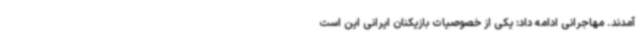
آمدند. مهاجرانی ادامه داد: یکی از خصوصیات بازیکنان ایرانی این است